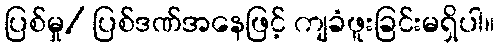
ပြစ်မှု/ ပြစ်ဒဏ်အနေဖြင့် ကျခံဖူးခြင်းမရှိပါ။